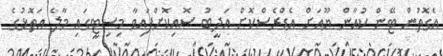
އެގޮތުން ޓޭން ކުއާން ޔޫއަށް އެޑްރެސްކޮށް އަދީބު ސޮއިކޮށްފައިވާ މިސިޓީގައި މާލެ އަތޮޅުގެ